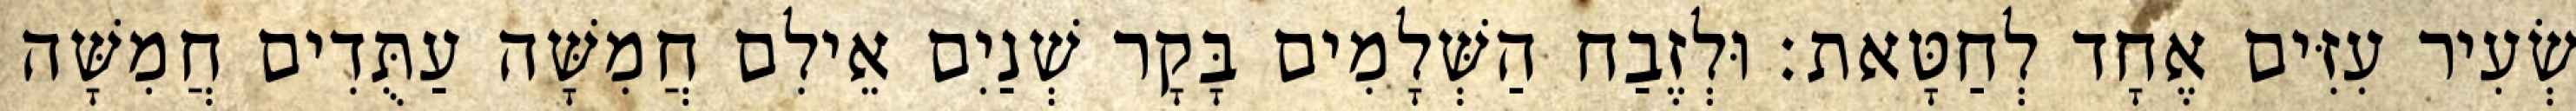
שְׂעִיר עִזִּים אֶחָד לְחַטָּאת׃ וּלְזֶבַח הַשְּׁלָמִים בָּקָר שְׁנַיִם אֵילִם חֲמִשָּׁה עַתֻּדִים חֲמִשָּׁה